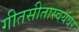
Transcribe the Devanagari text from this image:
गीतसीतास्वयंवरः